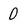
Character: 0